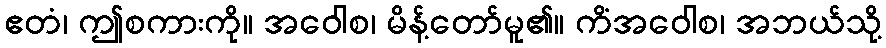
ဧတံ၊ ဤစကားကို။ အဝေါစ၊ မိန့်တော်မူ၏။ ကိံအဝေါစ၊ အဘယ်သို့